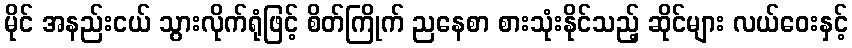
မိုင် အနည်းငယ် သွားလိုက်ရုံဖြင့် စိတ်ကြိုက် ညနေစာ စားသုံးနိုင်သည့် ဆိုင်များ လယ်ဝေးနှင့်